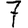
Digit: 7